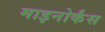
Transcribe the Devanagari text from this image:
माइनोर्कंस